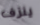
ينزف